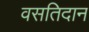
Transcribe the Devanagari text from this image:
वसतिदान